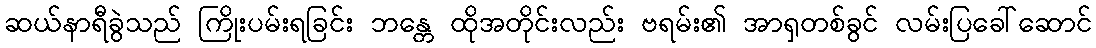
ဆယ်နာရီခွဲသည် ကြိုးပမ်းရခြင်း ဘန္တေ ထိုအတိုင်းလည်း ဗရမ်း၏ အာရှတစ်ခွင် လမ်းပြခေါ်ဆောင်